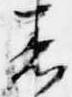
着